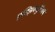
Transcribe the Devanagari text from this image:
एक्झिक्युटिव्हने